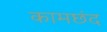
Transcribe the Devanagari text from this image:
कामछंद